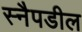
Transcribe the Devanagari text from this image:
स्नैपडील